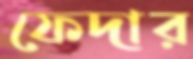
ফেদার